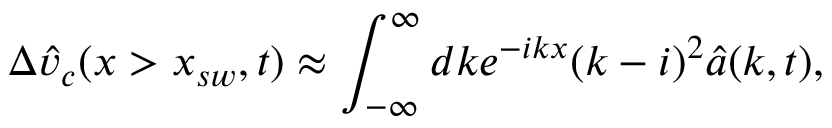
\Delta \hat { v } _ { c } ( x > x _ { s w } , t ) \approx \int _ { - \infty } ^ { \infty } d k e ^ { - i k x } ( k - i ) ^ { 2 } \hat { a } ( k , t ) ,